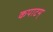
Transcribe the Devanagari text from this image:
कपाटम्